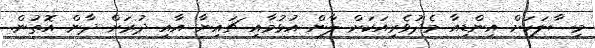
މިސާލަކަށް އިންޑިއާ މެދުވެރިއަކަށް ލާން އުޅުމާއި ޗައިނާ އާއި ދުރަށް ދާން އޮތުން.